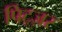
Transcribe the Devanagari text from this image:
पिट्ज़र